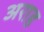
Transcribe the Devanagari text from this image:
अराह